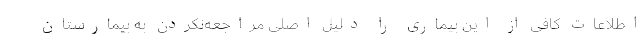
اطلاعات کافی از این بیماری را دلیل اصلی مراجعه‌نکردن به بیمارستان